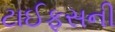
ટાઈફસની